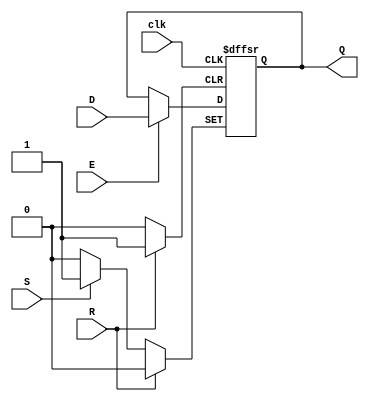
module FF(clk, D, S, R, E, Q);
	input wire clk;
	(* SETUP="clk 10e-12" *) (* NO_COMB *)
	input wire D;
	(* SETUP="clk 10e-12" *) (* NO_COMB *)
	input wire E;
	(* SETUP="clk 10e-12" *) (* NO_COMB *)
	input wire S;
	(* SETUP="clk 10e-12" *) (* NO_COMB *)
	input wire R;
	(* CLK_TO_Q = "clk 10e-12" *)
	output reg Q;
	always @(posedge clk or posedge S or posedge R) begin
		if (S)
			Q <= 1'b1;
		else if (R)
			Q <= 1'b0;
		else if (E)
			Q <= D;
	end
endmodule